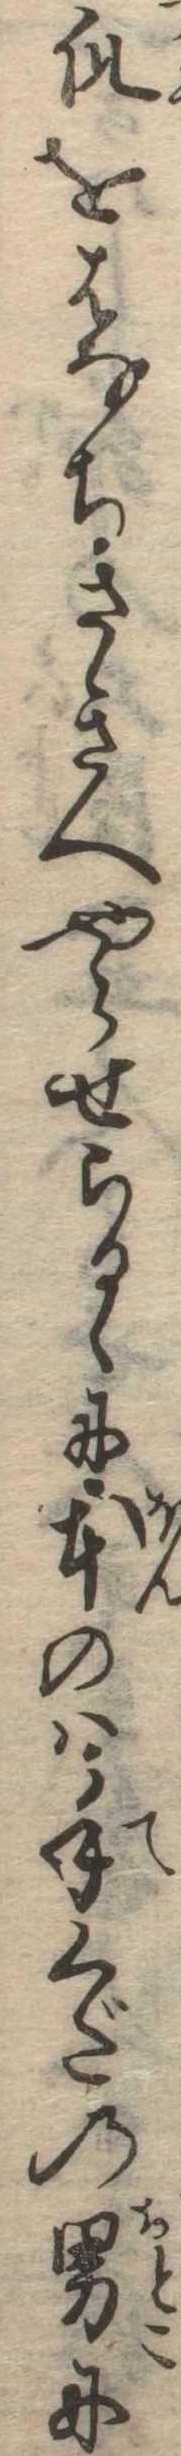
爪をはなちさきへやらせらるゝに本のは手くだの男に